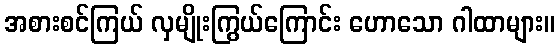
အစားစင်ကြယ် လှမျိုးကြွယ်ကြောင်း ဟောသော ဂါထာများ။